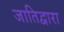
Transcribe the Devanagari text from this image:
जातिद्वारा